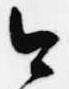
今